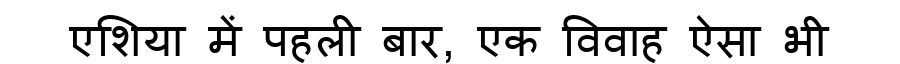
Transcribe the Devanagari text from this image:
एशिया में पहली बार, एक विवाह ऐसा भी